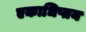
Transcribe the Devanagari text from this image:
एकाधिप्तय